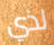
لذي